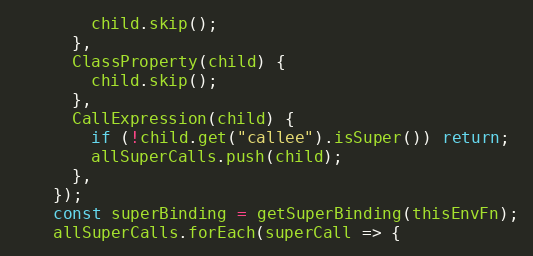
Language: JavaScript
        child.skip();
      },
      ClassProperty(child) {
        child.skip();
      },
      CallExpression(child) {
        if (!child.get("callee").isSuper()) return;
        allSuperCalls.push(child);
      },
    });
    const superBinding = getSuperBinding(thisEnvFn);
    allSuperCalls.forEach(superCall => {